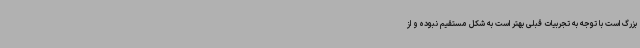
بزرگ است با توجه به تجربیات قبلی بهتر است به شکل مستقیم نبوده و از